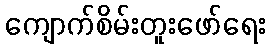
ကျောက်စိမ်းတူးဖော်ရေး